Sketch of the medical history of the native army of Bombay, for the year
Year: 1875
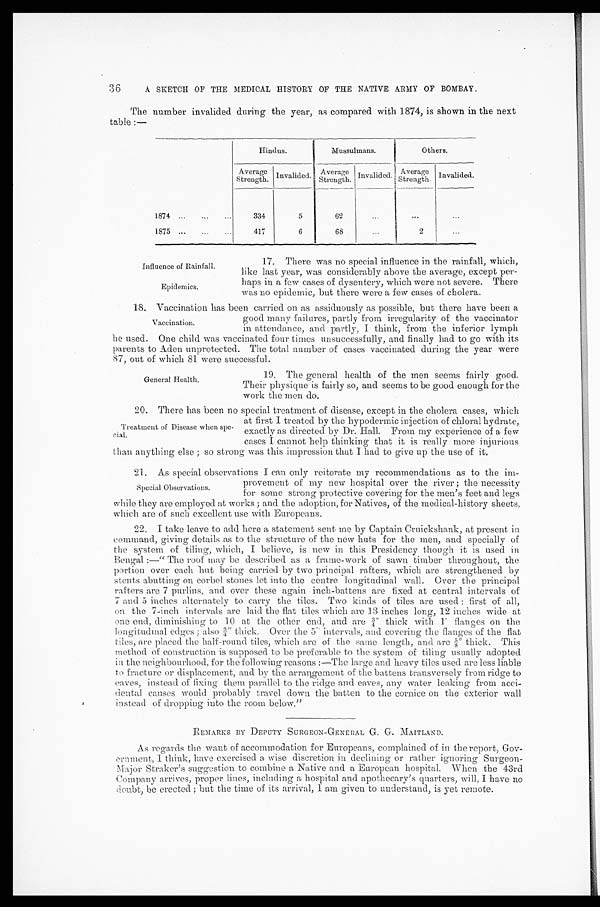
Influence of Rainfall.
Epidemics.
36
A SKETCH OF THE MEDICAL HISTORY OF THE NATIVE ARMY OF BOMBAY.
The number invalided during the year, as compared with 1874, is shown in the next
table:—
Hindus.
Mussulmans.
Others.
Average
Strength. Invalided.
Average
Strength. Invalided. Average
Strength. Invalided.
1874
334
5
62
...
...
...
1875
417
6
68
...
2
...
17. There was no special influence in the rainfall, which,
like last year, was considerably above the average, except per-
- h a p s i n a f e w c a s e s o f d y s e n t e r y , w h i c h w e r e n o t s e v e r e . T h e r e
was no epidemic, but there were a few cases of cholera.
18. Vaccination has been carried on as assiduously as possible, but there have been a
good many failures, partly from irregularity of the vaccinator
in attendance, and partly, I think, from the inferior lymph
he used. One child was vaccinated four times unsuccessfully, and finally had to go with its
Parents to Aden unprotected. Tim total number of cases vaccinated during the year were
87, out of which 81 were successful.
19. The general health of the men seems fairly good.
Their physique is fairly so, and seems to be good enough for the
work the men do.
20. There has been no special treatment of disease, except in the cholera cases, which
at first I treated by the hypodermic injection of chloral hydrate,
exactly as directed by Dr. Hall. From my experience of a few
cases I cannot help thinking that it is really more injurious
than anything else; so strong was this impression that I had to give up the use of it.
21. As special observations I can only reiterate my recommendations as to the im-
provement of my new hospital over the river; the necessity
for some strong protective covering for the men's feet and legs
while they are employed at works; and the adoption, for Natives, of the medical-history sheets,
which are of such excellent use with Europeans.
22. I take leave to add here a statement sent me by Captain Cruickshank, at present in
command, giving details as to the structure of the new huts for the men, and specially of
the system of tiling, which, I believe, is new in this Presidency though it is used in
Bengal:—"The roof may be described as a frame-work of sawn timber throughout, the
portion over each hut being carried by two principal rafters, which are strengthened by
stents abutting on corbel stones let into the centre longitudinal wall. Over the principal
rafters are 7 purlins, and over these again inch-battens are fixed at central intervals of
7 and 5 inches alternately to carry the tiles. Two kinds of tiles are used; first of all,
on the 7-inch intervals are laid the flat tiles which are 13 inches long, 12 inches wide at
one end, diminishing to 10 at the other end, and are ¾" thick with 1' flanges on the
longitudinal edges; also ¾" thick. Over the 5 intervals, and covering the flanges of the flat
tiles, are placed the half-round tiles, which are of the same length, and are ⅝" thick. This
method of construction is supposed to be preferable to the system of tiling usually adopted
in the neighbourhood, for the following reasons:—The large and heavy tiles used are less liable
to fracture or displacement, and by the arrangement of the battens transversely from ridge to
eaves, instead of fixing them parallel to the ridge and eaves, any water leaking from acci--
dental causes would probably travel down the batten to the cornice on the exterior wall
instead of dropping into the room below."
REMARKS BY DEPUTY SURGEON-GENERAL G. G. MAITLAND.
As regards the want of accommodation for Europeans, complained of in the report, Gov--
ernment, I think, have exercised a wise discretion in declining or rather ignoring Surgeon-
Major Straker ' s suggestion to combine a Native and a European hospital. When the 43rd
Company arrives, proper lines, including a hospital and apothecary's quarters, will, I have no
doubt, be erected; but the time of its arrival, I am given to understand, is yet remote.
Vaccination.
General Health.
Treatment of Disease when spe-
cial.
Special Observations.